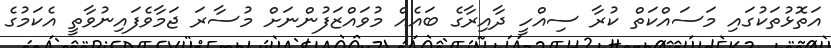
އަތޮޅުތަކުގައި މަސައްކަތް ކުރާ ސިއްހީ ދާއިރާގެ ބައެއް މުވައްޒަފުންނަށް މުސާރަ ޖަމާވެފައިނުވާތީ އެކަމުގެ